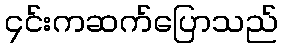
၄င်းကဆက်ပြောသည်